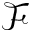
\mathcal { F }